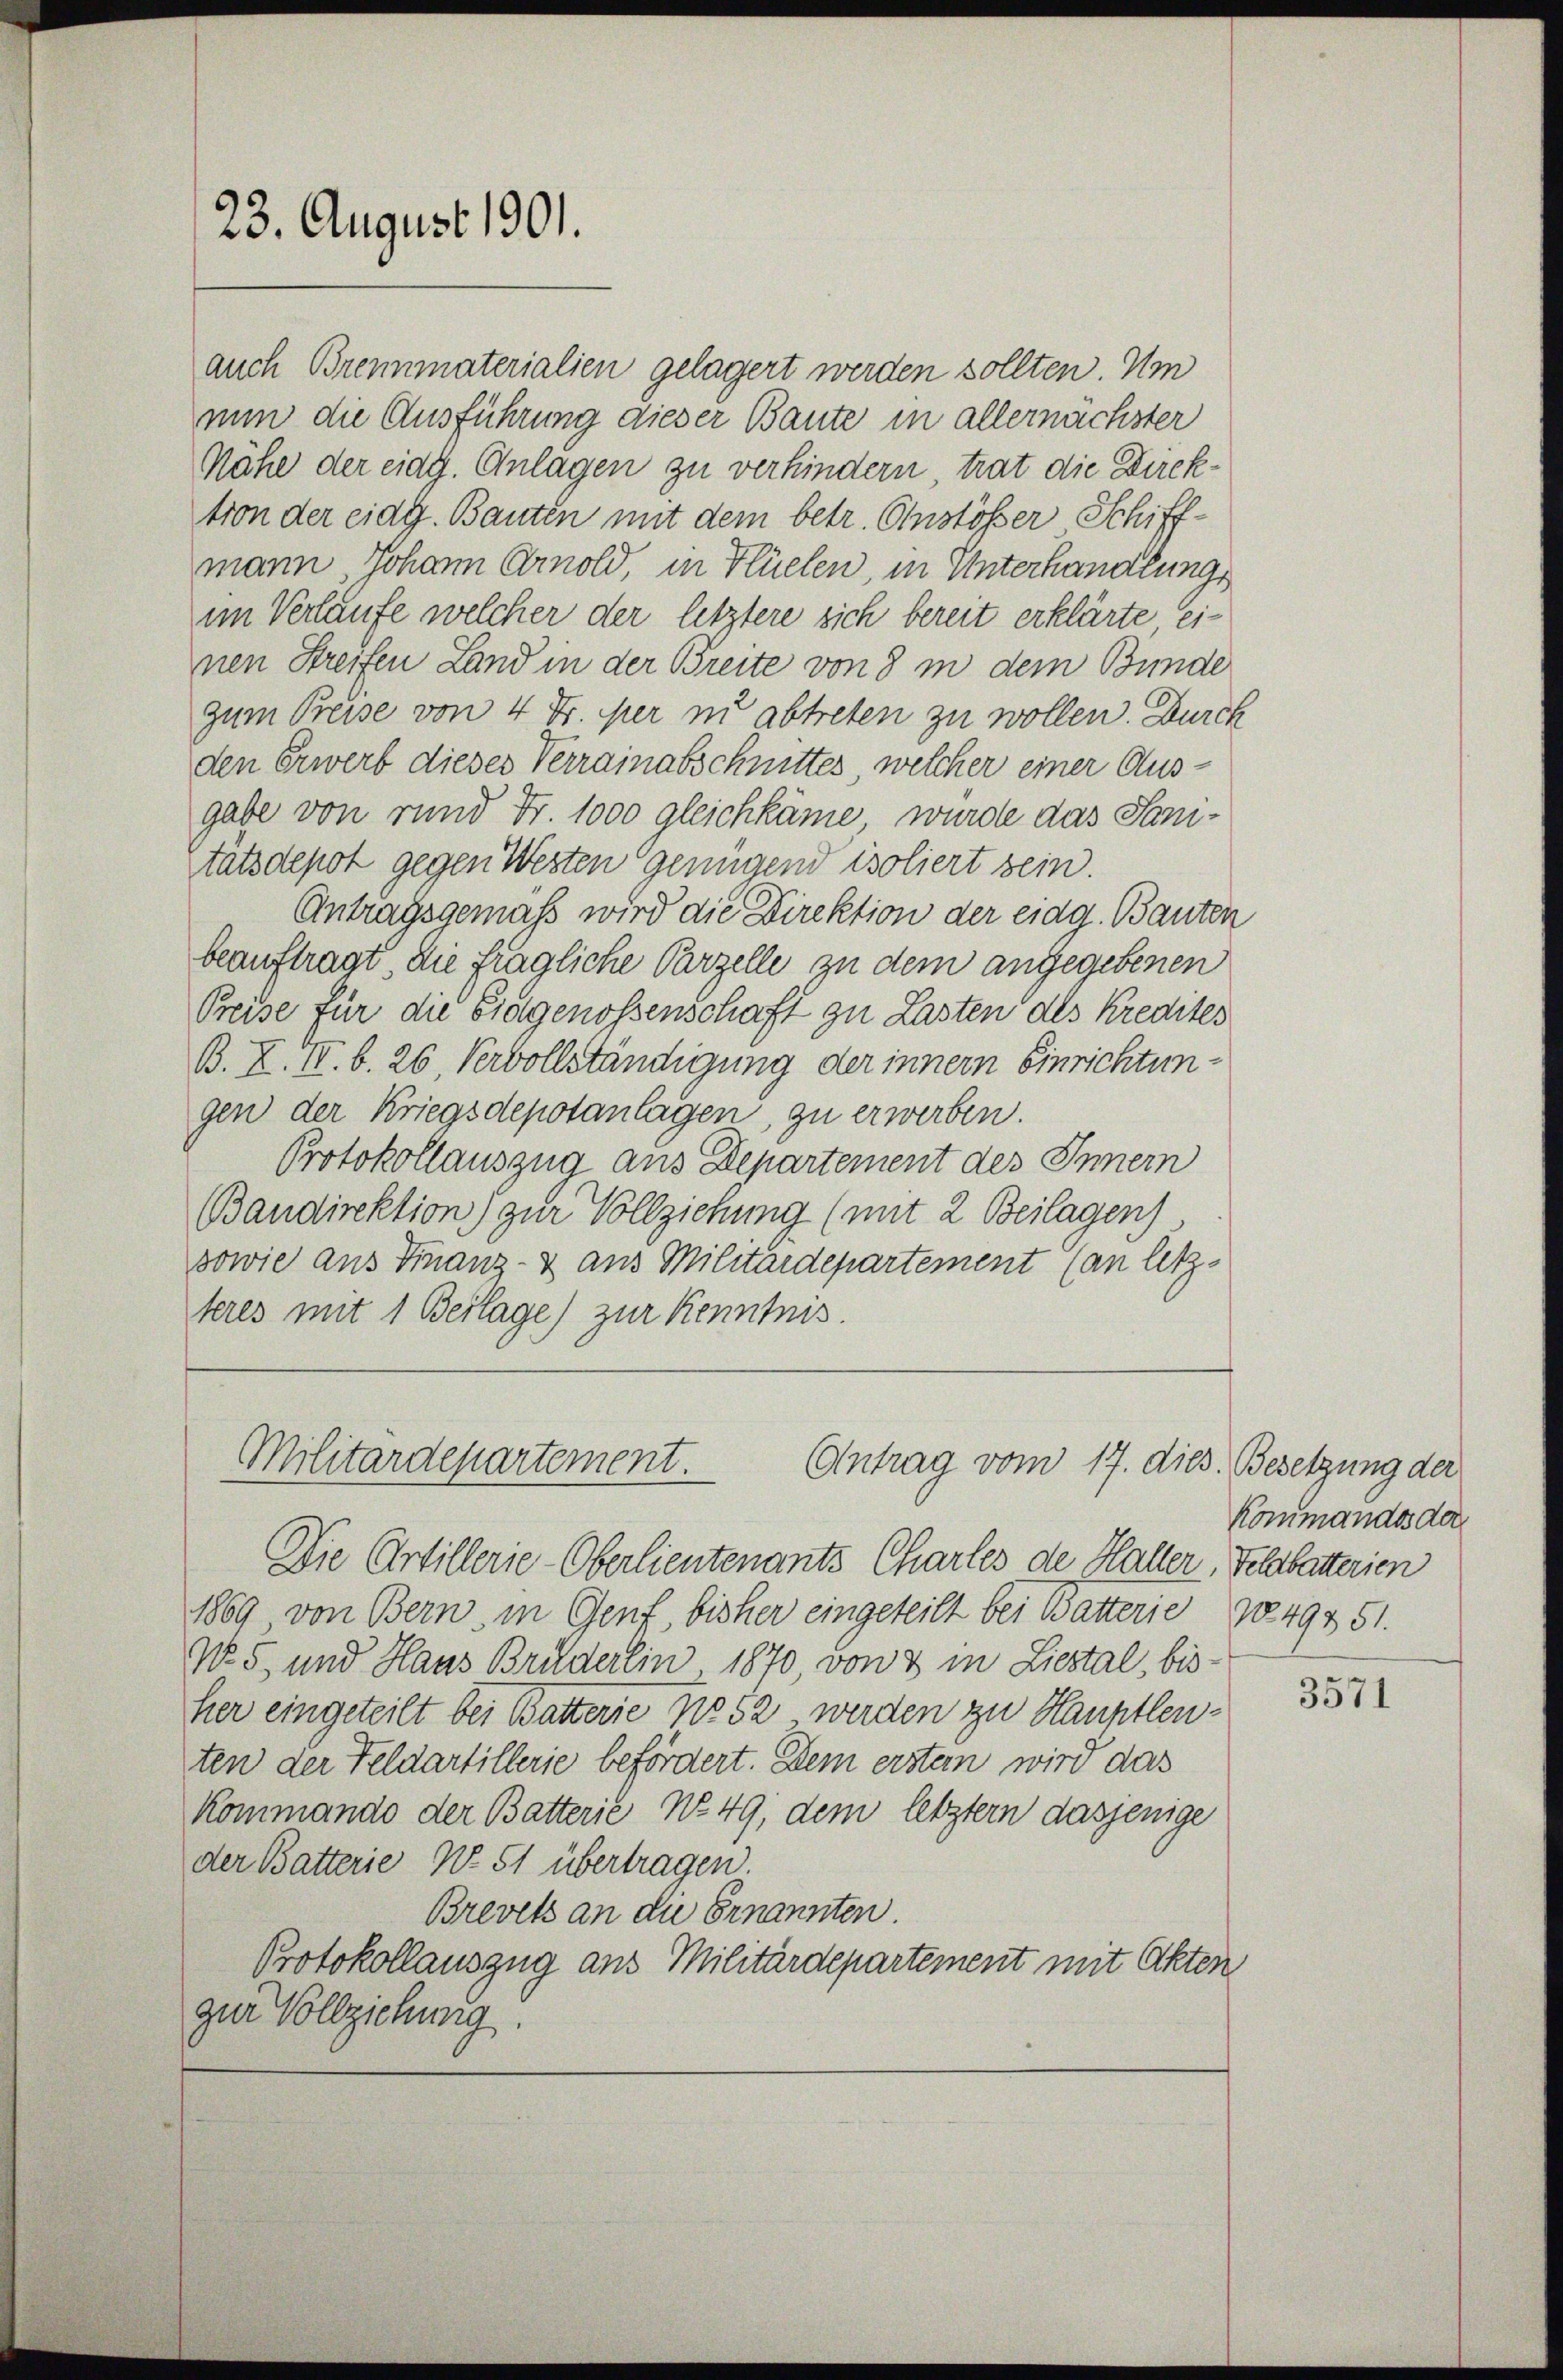
23. August 1901.

Militärdepartement.
Antrag vom 17. dies. Besetzung der

auch Brennmaterialien gelagert werden sollten. Um
nun die Ausführung dieser Baute in allernächster
Nähe der eidg. Anlagen zu verhindern, trat die Direktion der eidg. Bauten mit dem betr. Anstösser Schiffmann, Johann Arnold, in Flüelen, in Unterhandlungs
im Verlaufe welcher der letztere sich bereit erklärte einen Streifen Land in der Breite von 8 in dem Bunde
zum Preise von 4 Fr. per in abtreten zu wollen. Durch
den Erwerb dieses Verrainabschnittes, welcher einer Ausgabe von rund Fr. 1000 gleichkäme, würde das Sanitatsdepot gegen Westen Genügend isoliert sein.
Antragsgemäß wird die Direktion der eidg. Bauten
beauftragt, die fragliche Parzelle zu dem angegebenen
Preise für die Eidgenossenschaft zu Lasten des Kredites
B. X. II. b. 26, Vervollständigung der innern Einrichtungen der Kriegsdepotanlagen, zu erwerben.
Protokollauszug aus Departement des Innern
Bandirektion) zur Vollziehung (mit 2 Beilagen)
sowie aus Finanz- & aus Militärdepartement (an letzteres mit 1 Beilage) zur Kenntnis.

Die Artillerie-Oberlieutenants Chartes de Haller, Felabatterien
1869 von Bern, in Genf, bisher eingeteilt bei Batterie 1849751.
No 5 und Haus Brüderlin 1870, von 3 in Liestal, bis
her eingeteilt bei Batterie No 52 werden zu Hauptleuten der Feldartillerie befördert. Dem erstem wird das
Kommando der Batterie No. 49, dem letztern dasjenige
der Batterie No. 51 übertragen.
Brevets an die Ernannten.
Protokollauszug aus Militärdepartement mit Akten
zur Vollziehung

Kommandos der

3571